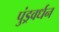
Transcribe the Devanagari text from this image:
पुंड्रवर्धन